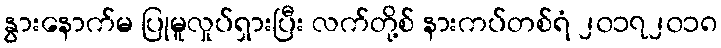
နွားနောက်မ ပြုမူလှုပ်ရှားပြီး လက်တို့စ် နားကပ်တစ်ရံ ၂၀၁၇၂၀၁၈